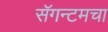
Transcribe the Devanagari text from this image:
सॅगन्टमचा